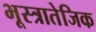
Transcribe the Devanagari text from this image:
भूस्त्रातेजिक